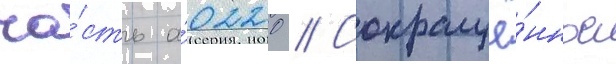
ча́сть а́0220 // Сокращё́нное